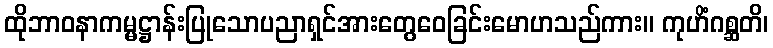
ထိုဘာဝနာကမ္မဋ္ဌာန်းပြုသောပညာရှင်အားတွေဝေခြင်းမောဟသည်ကား။ ကုဟိံဂစ္ဆတိ၊